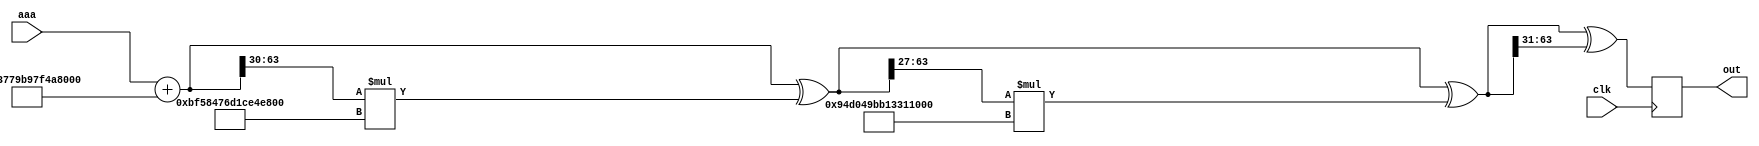
`timescale 1ns / 1ps
`define dataWidth 64

module SplitMix64(
	input wire [`dataWidth-1:0] aaa,
	input wire clk,
	output reg [`dataWidth-1:0] out
);

wire[`dataWidth-1:0] aaa1,aaa2,aaa3,aaa4;

assign aaa1 = aaa + 'h9e3779b97f4a7c15;
assign aaa2 = aaa1^(aaa1 >> 30) * 'hbf58476d1ce4e5b9;
assign aaa3 = aaa2^(aaa2 >> 27) * 'h94d049bb133111eb;
assign aaa4 = aaa3^(aaa3 >> 31);

always@(posedge clk)
begin	
	out <= aaa4;
end
endmodule